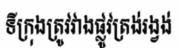
ទីក្រុងត្រូវវាងផ្លូវត្រង់រង្វង់